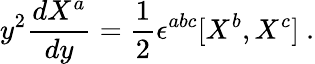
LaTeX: y^{2}\frac{dX^{a}}{dy}=\frac 12\epsilon^{abc}[X^{b},X^{c}]\ .